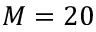
M = 2 0